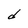
Character: d